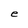
Character: e